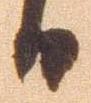
日